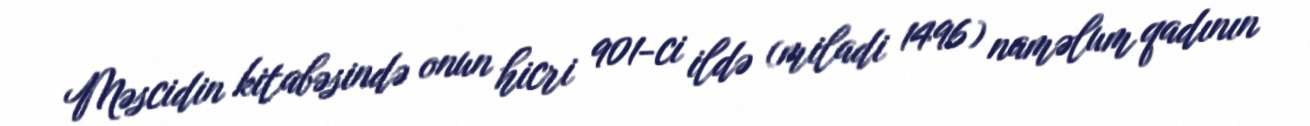
Məscidin kitabəsində onun hicri 901-ci ildə (miladi 1496) naməlum qadının